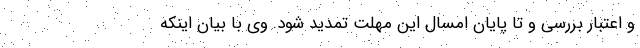
و اعتبار بررسی و تا پایان امسال این مهلت تمدید شود. وی با بیان اینکه